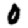
Digit: 0